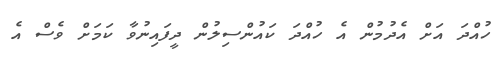
ހުއްދަ އަށް އެދުމުން އެ ހުއްދަ ކައުންސިލުން ދީފައިނުވާ ކަމަށް ވެސް އެ